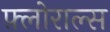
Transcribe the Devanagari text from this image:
फ़्लोराल्स